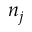
n _ { j }